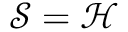
{ \mathcal { S } } = { \mathcal { H } }